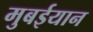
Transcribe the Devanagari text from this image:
मुबईयान